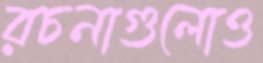
রচনাগুলোও